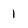
Character: 1